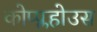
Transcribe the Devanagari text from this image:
कोप्प्लहोउस